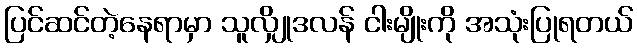
ပြင်ဆင်တဲ့နေရာမှာ သူလျှိုဒလန် ငါးမျိုးကို အသုံးပြုရတယ်